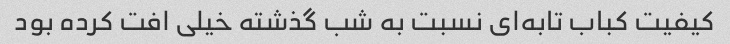
کیفیت کباب تابه‌ای نسبت به شب گذشته خیلی افت کرده بود